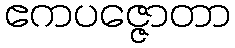
ဧကပဇ္ဇောတာ